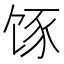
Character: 𮸿